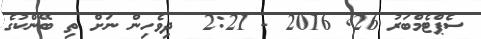
ސެޕްޓެމްބަރު 26